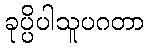
ခုပ္ပိပါသူပဂတာ